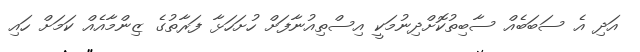
އަދި އެ ސަބަބެއް ސާބިތުކޮށްދިނުމަކީ އިސްތިއުނާފަށް ހުށަހަޅާ ފަރާތުގެ ޒިންމާއެއް ކަމަށް ހައި